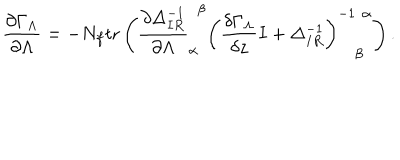
\frac { \partial \Gamma _ { \Lambda } } { \partial \Lambda } = - N _ { f } \mathrm { t r } \left( \frac { \partial \Delta _ { I R } ^ { - 1 } } { \partial \Lambda } _ { \alpha } ^ { \phantom { \alpha } \beta } \left( \frac { \delta \Gamma _ { \Lambda } } { \delta z } I + \Delta _ { I R } ^ { - 1 } \right) _ { \phantom { - 1 } \beta } ^ { - 1 \phantom { \beta } \alpha } \right) .